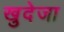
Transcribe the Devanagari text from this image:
खुदेजा